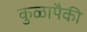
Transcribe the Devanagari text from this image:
कुळापैकी